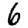
Digit: 6